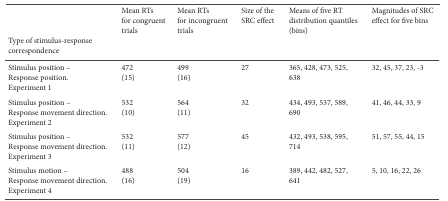
<table><thead><tr><td></td><td><b>Mean RTs for congruent trials</b></td><td><b>Mean RTsfor incongruent trials</b></td><td><b>Size of the SRC effect</b></td><td><b>Means of five RT distribution quantiles (bins)</b></td><td><b>Magnitudes of SRC effect for five bins</b></td></tr></thead><tbody><tr><td><b>Type of stimulus-response correspondence</b></td><td></td><td></td><td></td><td></td><td></td></tr><tr><td>Stimulus position –Response position. Experiment 1</td><td>472(15)</td><td>499(16)</td><td>27</td><td>365, 428, 473, 525, 638</td><td>32, 45, 37, 23, -3</td></tr><tr><td>Stimulus position – Response movement direction.Experiment 2</td><td>532(10)</td><td>564(11)</td><td>32</td><td>434, 493, 537, 589, 690</td><td>41, 46, 44, 33, 9</td></tr><tr><td>Stimulus position – Response movement direction.Experiment 3</td><td>532(11)</td><td>577(12)</td><td>45</td><td>432, 493, 538, 595, 714</td><td>51, 57, 55, 44, 15</td></tr><tr><td>Stimulus motion – Response movement direction. Experiment4</td><td>488(16)</td><td>504(19)</td><td>16</td><td>389, 442, 482, 527, 641</td><td>5, 10, 16, 22, 26</td></tr></tbody></table>